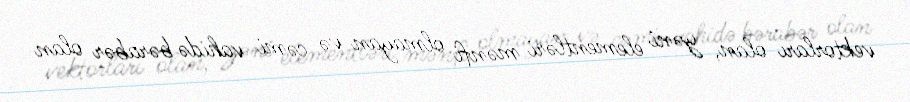
vektorları olan, yəni elementləri mənfi olmayan və cəmi vahidə bərabər olan